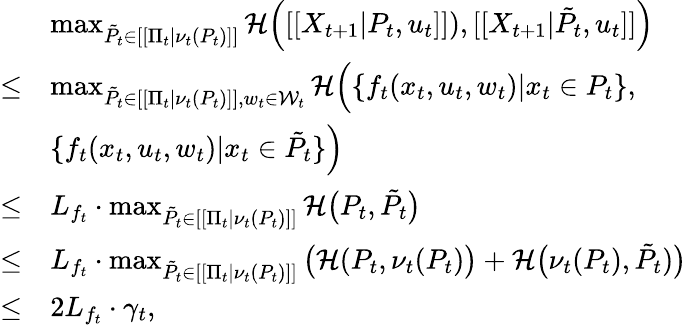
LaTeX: \begin{array}{rl}&{\operatorname*{max}_{\tilde{P}_{t}\in[[\Pi_{t}|\nu_{t}(P_{t})]]}\mathcal{H}\Big([[X_{t+1}|P_{t},u_{t}]]),[[X_{t+1}|\tilde{P}_{t},u_{t}]]\Big)}\\ {\leq}&{\operatorname*{max}_{\tilde{P}_{t}\in[[\Pi_{t}|\nu_{t}(P_{t})]],w_{t}\in\mathcal{W}_{t}}\mathcal{H}\Big(\{ f_{t}(x_{t},u_{t},w_{t})|x_{t}\in P_{t}\} ,}\\ &{\{ f_{t}(x_{t},u_{t},w_{t})|x_{t}\in\tilde{P}_{t}\} \Big)}\\ {\leq}&{L_{f_{t}}\cdot\operatorname*{max}_{\tilde{P}_{t}\in[[\Pi_{t}|\nu_{t}(P_{t})]]}\mathcal{H}\big(P_{t},\tilde{P}_{t}\big)}\\ {\leq}&{L_{f_{t}}\cdot\operatorname*{max}_{\tilde{P}_{t}\in[[\Pi_{t}|\nu_{t}(P_{t})]]}\big(\mathcal{H}(P_{t},\nu_{t}(P_{t})\big)+\mathcal{H}\big(\nu_{t}(P_{t}),\tilde{P}_{t})\big)}\\ {\leq}&{2L_{f_{t}}\cdot\gamma_{t},}\end{array}